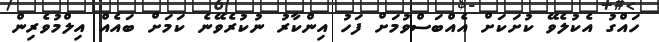
ހައްގު އެކުލެވޭ ކުށަކަށް އެއްބަސްވުމަށް ފަހު އިންކާރު ނުކުރެވޭނެ ކަމަށް ބައެއް އިލްމުވެރިން